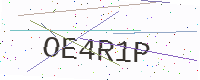
Text: OE4R1P